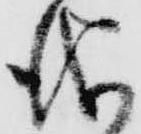
儀